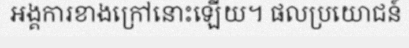
អង្គការខាងក្រៅនោះឡើយ។ ផលប្រយោជន៍